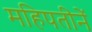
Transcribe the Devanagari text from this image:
महिपतीनें